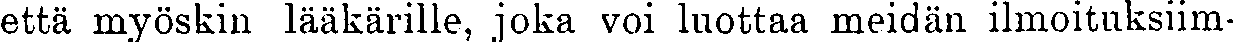
että myöskin lääkärille, joka voi luottaa meidän ilmoituksiim-